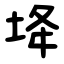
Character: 鿍